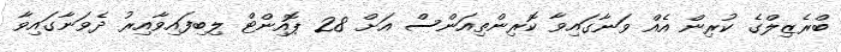
ބްރެޒިލްގެ ކުރިން އެއް ވަނާގައިވާ ކޮރިންތިއަންސް އަށް 28 ޕޮއިންޓް ލިބިފައިވާއިރު ދެވަނާގައިވާ